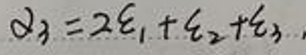
$\alpha_3 = 2\xi_1+\xi_2+\xi_3,$